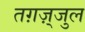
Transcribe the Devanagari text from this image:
तग़ज़्जुल